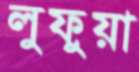
লুফুয়া